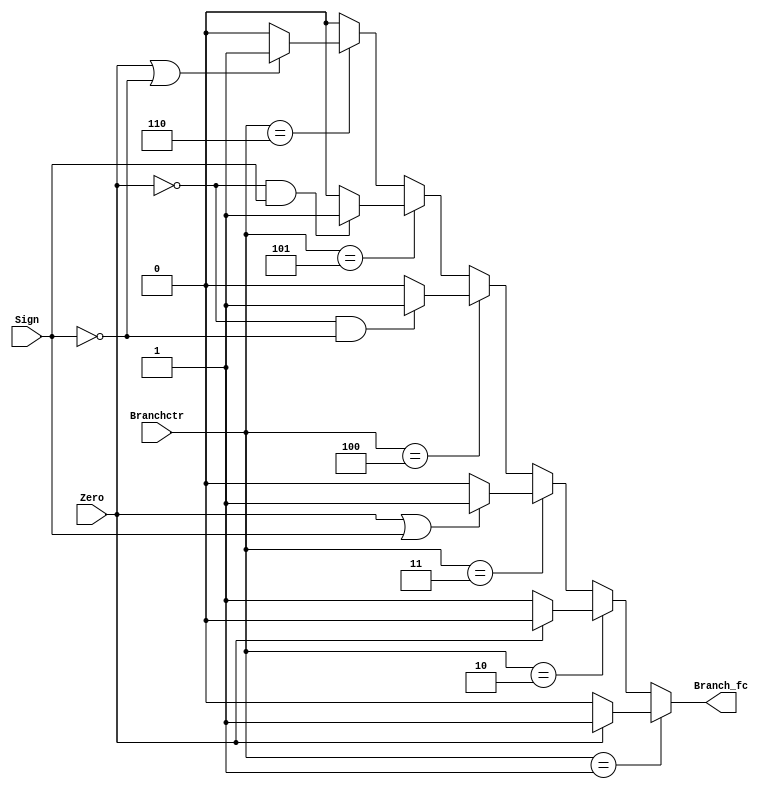
module branch_fc (
    Branchctr,Zero,Sign,
    Branch_fc
);

input[2:0] Branchctr;
input Zero,Sign;
output reg Branch_fc;

initial begin
    Branch_fc=0;    
end

always @(*) begin
    Branch_fc=0;
    if(Branchctr==3'b001)begin
        // 
        if(Zero==1)begin
            Branch_fc=1;
        end
    end
    else if(Branchctr==3'b010)begin
        // 
        if(Zero!=1)begin
            Branch_fc=1;
        end
    end
    else if(Branchctr==3'b011)begin
        // 0
        if(Zero==1 || Sign==1)begin
            Branch_fc=1;
        end
    end
    else if(Branchctr==3'b100)begin
        // 0
        if(Zero!=1 && Sign==0)begin
            Branch_fc=1;
        end
    end
    else if(Branchctr==3'b101)begin
        // 0
        if(Zero!=1 && Sign==1)begin
            Branch_fc=1;
        end
    end
    else if(Branchctr==3'b110)begin
        // 0
        if(Zero==1 || Sign==0)begin
            Branch_fc=1;
        end
    end
end

endmodule